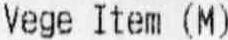
VEGE ITEM (M)